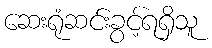
ဆေးရုံဆင်းခွင့်ရရှိသူ